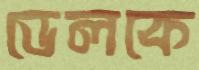
ডেলকে